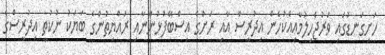
ހަށިގަނޑުގައި ވަރުޖެހިލުމާއިއެކުހެން އިދުރީސް އާއި ރަށުގެ އިސްބޭފުޅުންނާއި ރައްޔިތުންގެ ބަޔަކު ނުކުތީ އިދުރީސްގެ